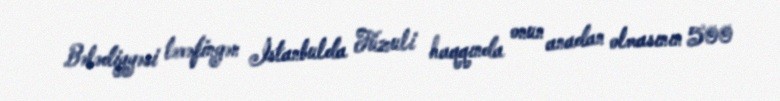
Bələdiyyəsi tərəfingən İstanbulda Füzuli haqqında onun anadan olmasının 500